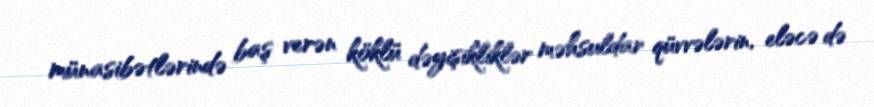
münasibətlərində baş verən köklü dəyişikliklər məhsuldar qüvvələrin, eləcə də